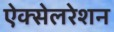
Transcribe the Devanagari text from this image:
ऐक्सेलरेशन